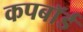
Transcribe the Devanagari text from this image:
कपबाॅर्ड